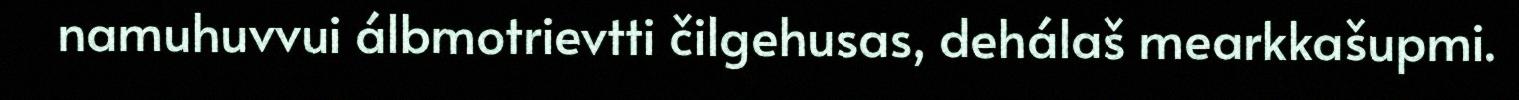
namuhuvvui álbmotrievtti čilgehusas, dehálaš mearkkašupmi.